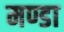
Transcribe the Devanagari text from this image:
मण्डा